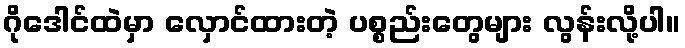
ဂိုဒေါင်ထဲမှာ လှောင်ထားတဲ့ ပစ္စည်းတွေများ လွန်းလို့ပါ။